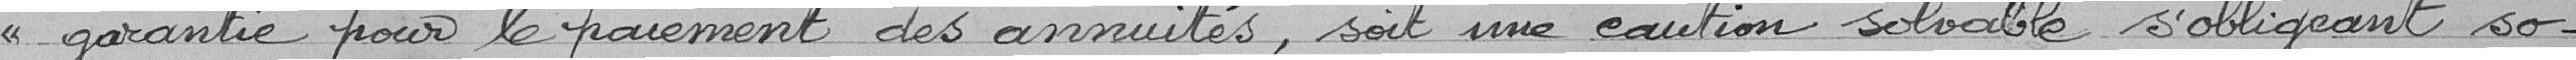
garantie pour le paiement des annuités, soit une caution solvable s'obligeant so